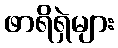
ဖာရိရှဲများ